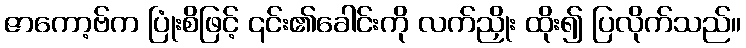
ဇာကော့ဗ်က ပြုံးစိဖြင့် ၎င်း၏ခေါင်းကို လက်ညှိုး ထိုး၍ ပြလိုက်သည်။